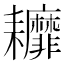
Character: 𦔭